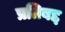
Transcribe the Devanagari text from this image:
प्रतिबद्द